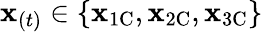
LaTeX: \mathbf{x}_{(t)}\in\{ \mathbf{x}_{\mathrm{1C}},\mathbf{x}_{\mathrm{2C}},\mathbf{x}_{\mathrm{3C}}\}